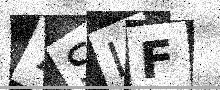
Text: 7SIF